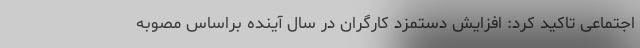
اجتماعی تاکید کرد: افزایش دستمزد کارگران در سال آینده براساس مصوبه